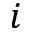
i